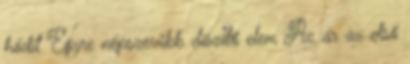
hódít Egyre népszerűbb díszítő elem Az ár az első